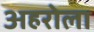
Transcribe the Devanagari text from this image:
अहरोला